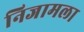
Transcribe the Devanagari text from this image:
निजामला